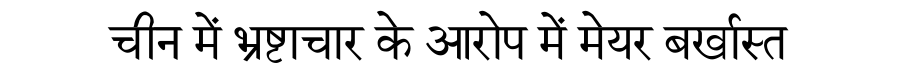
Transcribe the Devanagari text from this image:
चीन में भ्रष्टाचार के आरोप में मेयर बर्खास्त